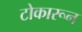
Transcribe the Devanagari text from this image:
टोकारून